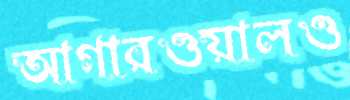
আগারওয়ালও